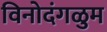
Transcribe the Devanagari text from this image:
विनोदंगळुम